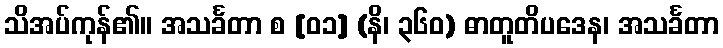
သိအပ်ကုန်၏။ အသင်္ခတာ စ [၀၁] (နိ၊ ၃၆၀) ဓာတူတိပဒေန၊ အသင်္ခတာ